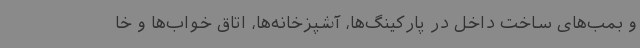
و بمب‌های ساخت داخل در پارکینگ‌ها، آشپزخانه‌ها، اتاق خواب‌ها و خا